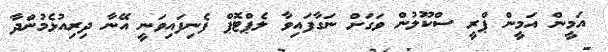
އަމީން އަމީން ޕްރީ ސްކޫލުން ވަގަށް ނަގާފައިވާ ލެޕްޓޮޕް ފެނިފައިވަނީ އޭނާ ދިރިއުޅެމުންދާ